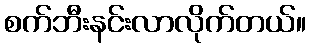
စက်ဘီးနင်းလာလိုက်တယ်။